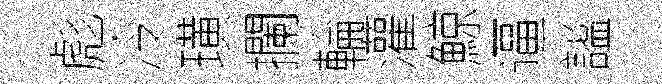
彪冷璜攔輪灌鯨逼謐